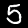
Digit: 5